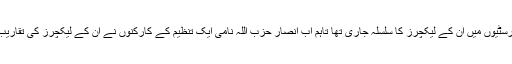
ایران کی مختلف یونیورسٹیوں میں ان کے لیکچرز کا سلسلہ جاری تھا تاہم اب انصار حزب اللہ نامی ایک تنظیم کے کارکنوں نے ان کے لیکچرز کی تقاریب کو الٹنا شروع کردیا۔